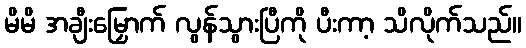
မိမိ အချီးမြှောက် လွန်သွားပြီကို ပီးကာ့ သိလိုက်သည်။